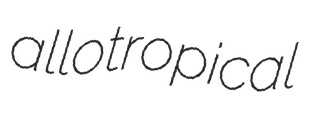
allotropical